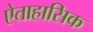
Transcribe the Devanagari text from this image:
ऐताहासिक